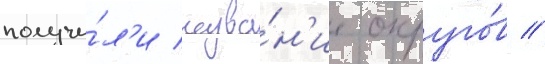
получи́л'и назва́н'ие округо́в //